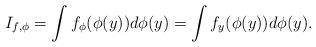
LaTeX: \begin{align*}I_{f,\phi}=\int f_{\phi}(\phi(y))d\phi(y)=\int f_{y}(\phi(y))d\phi(y).\end{align*}